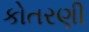
કોતરણી